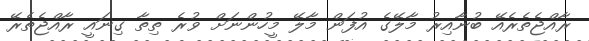
ރާއްޖެތެރެއޭ ބުނާއިރު މާލޭގެ އުފަން މާލޭ މީހުންނަށް ވުރެ ތިތާ ގިނައީ ރާއްޖެތެރޭ